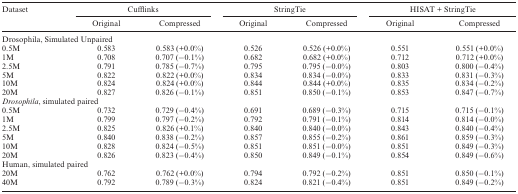
<table><thead><tr><td><b>Dataset</b></td><td colspan="2"><b>Cufflinks</b></td><td colspan="2"><b>StringTie</b></td><td colspan="2"><b>HISAT + StringTie</b></td></tr><tr><td></td><td><b>Original</b></td><td><b>Compressed</b></td><td><b>Original</b></td><td><b>Compressed</b></td><td><b>Original</b></td><td><b>Compressed</b></td></tr></thead><tbody><tr><td colspan="7">Drosophila, Simulated Unpaired</td></tr><tr><td>0.5M</td><td>0.583</td><td>0.583 (+0.0%)</td><td>0.526</td><td>0.526 (+0.0%)</td><td>0.551</td><td>0.551 (+0.0%)</td></tr><tr><td>1M</td><td>0.708</td><td>0.707 (−0.1%)</td><td>0.682</td><td>0.682 (+0.0%)</td><td>0.712</td><td>0.712 (+0.0%)</td></tr><tr><td>2.5M</td><td>0.791</td><td>0.785 (−0.7%)</td><td>0.795</td><td>0.795 (−0.0%)</td><td>0.803</td><td>0.800 (−0.4%)</td></tr><tr><td>5M</td><td>0.822</td><td>0.822 (+0.0%)</td><td>0.834</td><td>0.834 (−0.0%)</td><td>0.833</td><td>0.831 (−0.3%)</td></tr><tr><td>10M</td><td>0.824</td><td>0.824 (+0.0%)</td><td>0.844</td><td>0.844 (+0.0%)</td><td>0.835</td><td>0.834 (−0.2%)</td></tr><tr><td>20M</td><td>0.827</td><td>0.826 (−0.1%)</td><td>0.851</td><td>0.850 (−0.1%)</td><td>0.853</td><td>0.847 (−0.7%)</td></tr><tr><td colspan="7"><i>Drosophila</i>, simulated paired</td></tr><tr><td>0.5M</td><td>0.732</td><td>0.729 (−0.4%)</td><td>0.691</td><td>0.689 (−0.3%)</td><td>0.715</td><td>0.715 (−0.1%)</td></tr><tr><td>1M</td><td>0.799</td><td>0.797 (−0.2%)</td><td>0.792</td><td>0.791 (−0.1%)</td><td>0.814</td><td>0.814 (−0.0%)</td></tr><tr><td>2.5M</td><td>0.825</td><td>0.826 (+0.1%)</td><td>0.840</td><td>0.840 (−0.0%)</td><td>0.843</td><td>0.840 (−0.4%)</td></tr><tr><td>5M</td><td>0.840</td><td>0.838 (−0.2%)</td><td>0.857</td><td>0.855 (−0.2%)</td><td>0.861</td><td>0.859 (−0.3%)</td></tr><tr><td>10M</td><td>0.828</td><td>0.824 (−0.5%)</td><td>0.851</td><td>0.851 (−0.0%)</td><td>0.851</td><td>0.849 (−0.3%)</td></tr><tr><td>20M</td><td>0.826</td><td>0.823 (−0.4%)</td><td>0.850</td><td>0.849 (−0.1%)</td><td>0.854</td><td>0.849 (−0.6%)</td></tr><tr><td colspan="7">Human, simulated paired</td></tr><tr><td>20M</td><td>0.762</td><td>0.762 (+0.0%)</td><td>0.794</td><td>0.792 (−0.2%)</td><td>0.851</td><td>0.850 (−0.1%)</td></tr><tr><td>40M</td><td>0.792</td><td>0.789 (−0.3%)</td><td>0.824</td><td>0.821 (−0.4%)</td><td>0.851</td><td>0.849 (−0.2%)</td></tr></tbody></table>